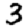
Digit: 3